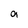
Character: a